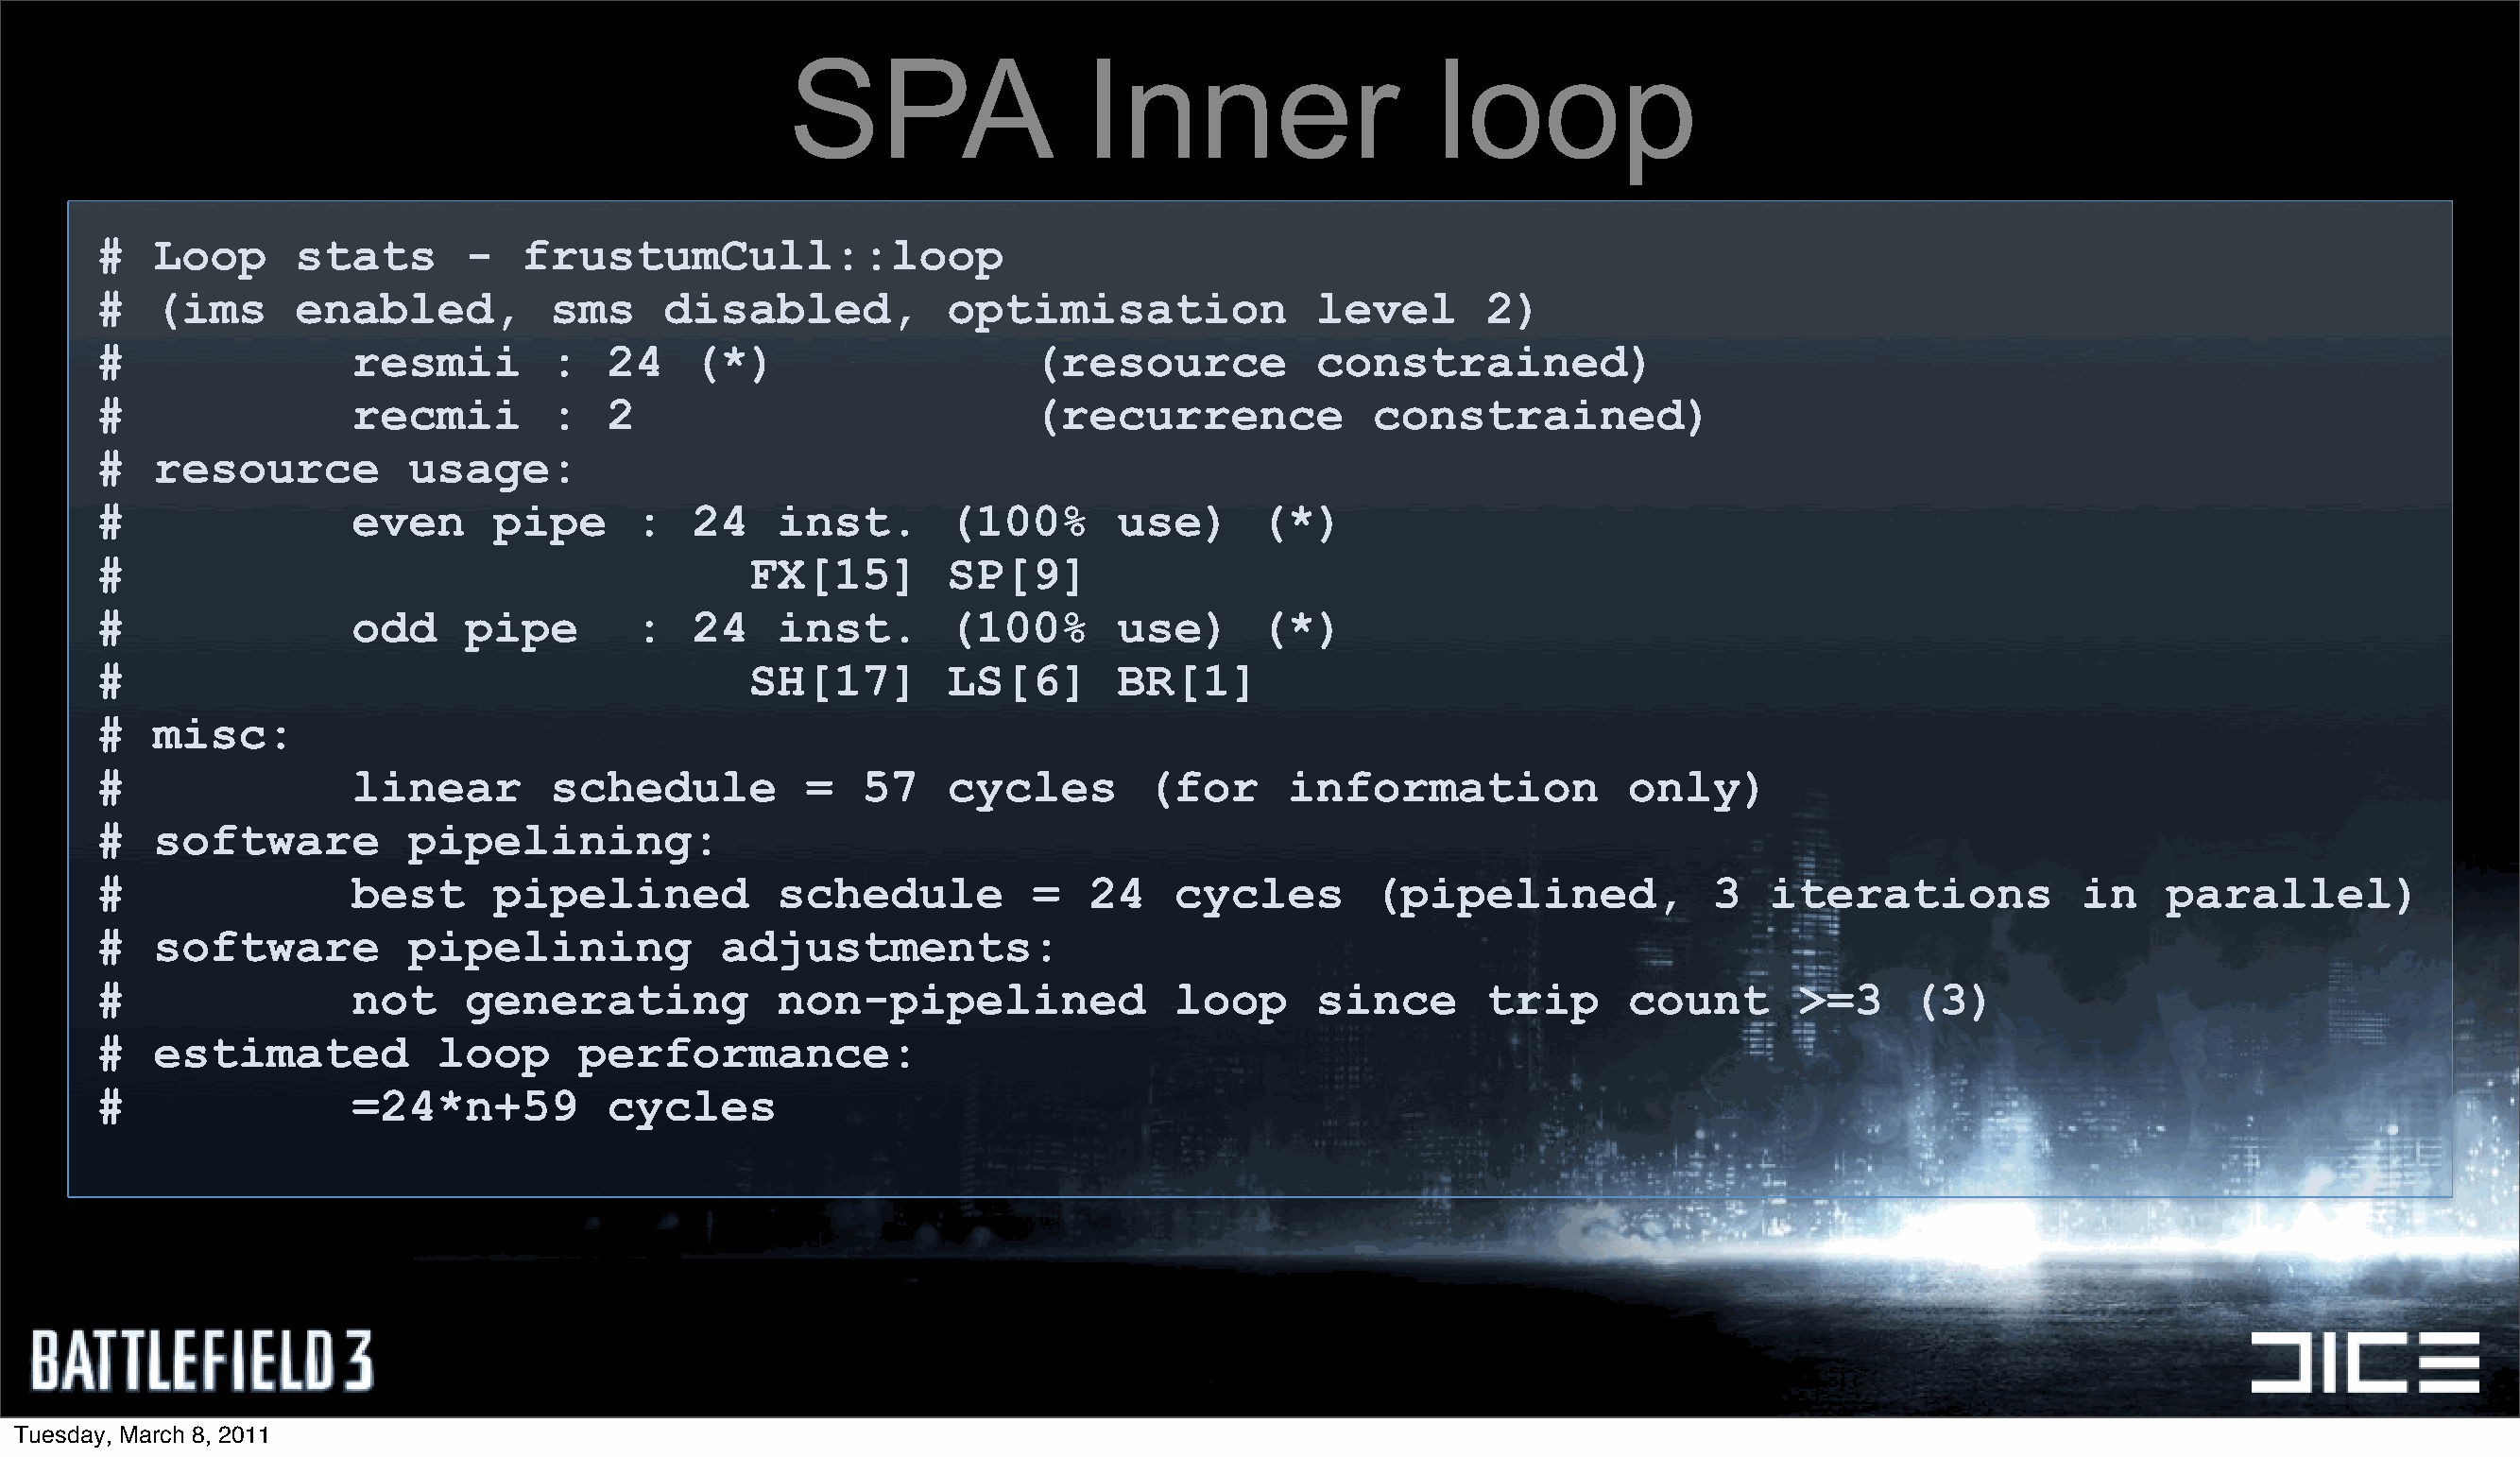
SPA                  Inner                    loop
 #   Loop      stats       -   frustumCull::loop
 #   (ims      enabled,          sms    disabled,           optimisation              level       2)
 #                 resmii        :   24   (*)                     (resource           constrained)
 #                 recmii        :   2                            (recurrence             constrained)
 #   resource          usage:
 #                 even      pipe      :  24    inst.       (100%       use)      (*)
 #                                            FX[15]        SP[9]
 #                 odd     pipe        :  24    inst.       (100%       use)      (*)
 #                                            SH[17]        LS[6]       BR[1]
 #   misc:
 #                 linear        schedule         =   57    cycles        (for      information             only)
 #   software          pipelining:
 #                 best      pipelined          schedule          =   24    cycles        (pipelined,             3   iterations            in    parallel)
 #   software          pipelining           adjustments:
 #                 not     generating           non-pipelined               loop      since       trip      count       >=3     (3)
 #   estimated           loop      performance:
 #                 =24*n+59          cycles
 Tuesday, March 8, 2011